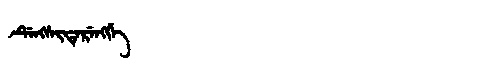
Manchu: ᡩᡝᠩᠰᡳᡨᡝᡵᡝᠩᡤᡝ
Romanization: DENGSITERENGGE